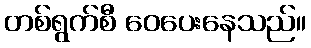
တစ်ရွက်စီ ဝေပေးနေသည်။